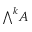
{ \textstyle \bigwedge } ^ { k } A